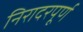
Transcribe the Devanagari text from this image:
निरादरपूर्ण